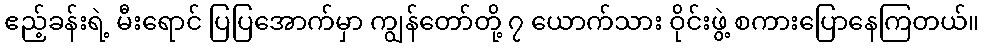
ဧည့်ခန်းရဲ့ မီးရောင် ပြပြအောက်မှာ ကျွန်တော်တို့ ၇ ယောက်သား ဝိုင်းဖွဲ့ စကားပြောနေကြတယ်။